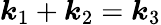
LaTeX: \boldsymbol{k}_{1}+\boldsymbol{k}_{2}=\boldsymbol{k}_{3}